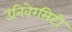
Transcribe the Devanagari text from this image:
उनिवेरसिटी